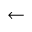
\gets